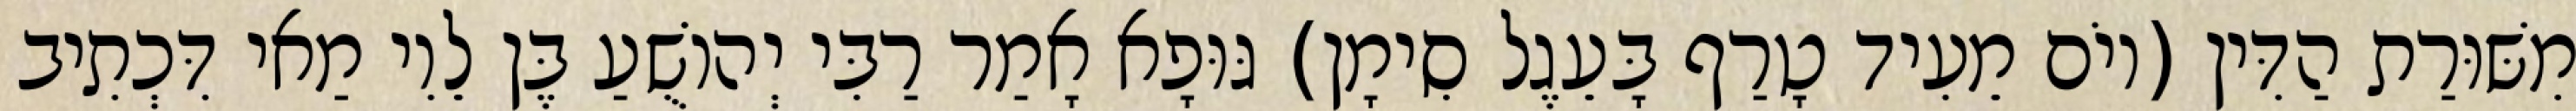
מִשּׁוּרַת הַדִּין (יוֹם מֵעִיד טָרַף בָּעֵגֶל סִימָן) גּוּפָא אָמַר רַבִּי יְהוֹשֻׁעַ בֶּן לֵוִי מַאי דִּכְתִיב